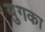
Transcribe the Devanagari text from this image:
युगका